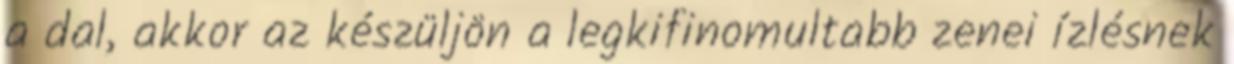
a dal, akkor az készüljön a legkifinomultabb zenei ízlésnek